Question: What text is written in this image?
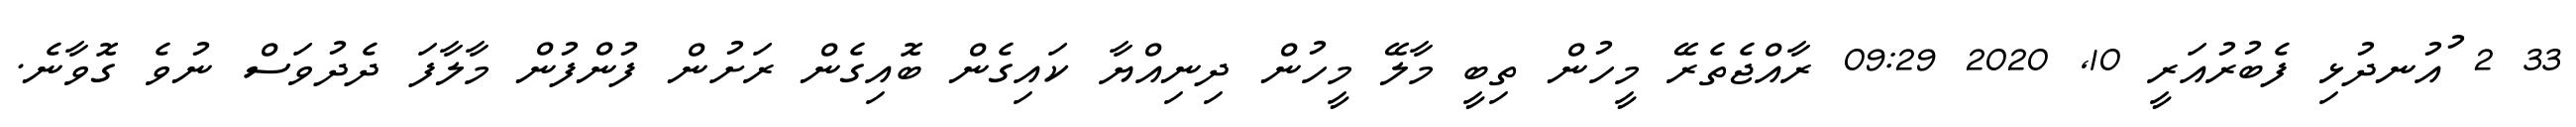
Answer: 33 2 ުއުނދުޅި ފެބުރުއަރީ 10, 2020 09:29 ރާއްޖެތެރޭ މީހުން ތިބީ މާލޭ މީހުން ދިނިއްޔާ ކައިގެން ބޮއިގެން ރަށުން ފުންފުން މާލާފަ ދެދުވަސް ނުވެ ގޮވާނެ.